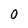
Character: 0